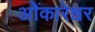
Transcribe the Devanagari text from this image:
ओेंकारेश्वर